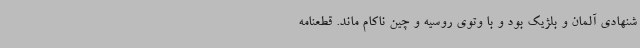
شنهادی آلمان و بلژیک بود و با وتوی روسیه و چین ناکام ماند. قطعنامه